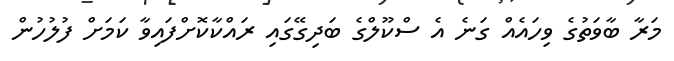
މަރާ ބާވަތުގެ ވިހައެއް ގަނެ އެ ސްކޫލްގެ ބަދިގޭގައި ރައްކާކޮށްފައިވާ ކަމަށް ފުލުހުން